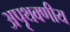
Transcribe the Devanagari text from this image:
अपृथक्णीय